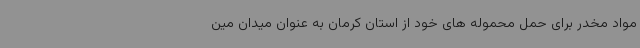
مواد مخدر برای حمل محموله های خود از استان کرمان به عنوان میدان مین